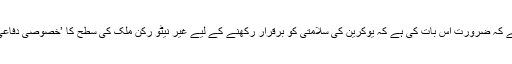
پیترو پوروشنکو نے کہا ہے کہ ضرورت اِس بات کی ہے کہ یوکرین کی سلامتی کو برقرار رکھنے کے لیے غیر نیٹو رُکن ملک کی سطح کا ’خصوصی دفاعی اتحاد‘ کا درجہ دیا جائے۔